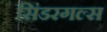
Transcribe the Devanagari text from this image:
सिंडरगल्स